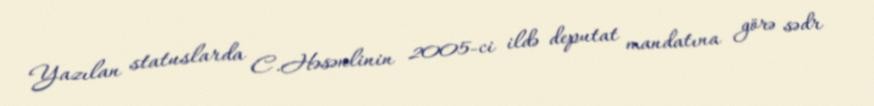
Yazılan statuslarda C.Həsənlinin 2005-ci ildə deputat mandatına görə sədr